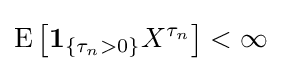
\operatorname {E} \left[\mathbf {1} _{\{\tau _{n}>0\}}X^{\tau _{n}}\right]<\infty